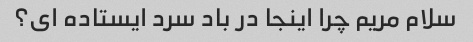
سلام مریم چرا اینجا در باد سرد ایستاده ای؟